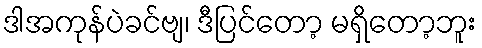
ဒါအကုန်ပဲခင်ဗျ၊ ဒီပြင်တော့ မရှိတော့ဘူး